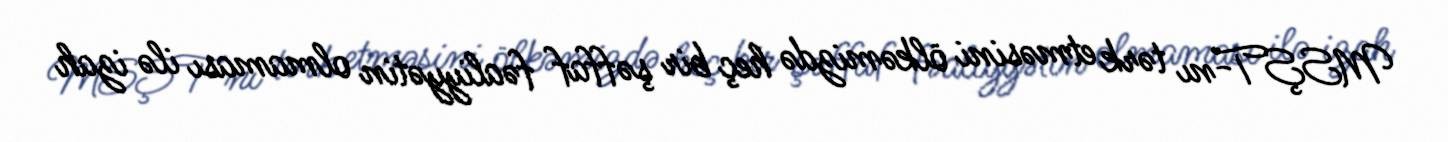
MSŞT-nı tərk etməsini ölkəmizdə heç bir şəffaf fəaliyyətin olmaması ilə izah